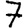
Digit: 7